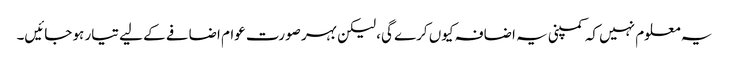
یہ معلوم نہیں کہ کمپنی یہ اضافہ کیوں کرے گی، لیکن بہر صورت عوام اضافے کے لیے تیار ہو جائیں۔